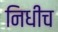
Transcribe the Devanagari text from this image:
निधीच